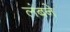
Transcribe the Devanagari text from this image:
लंबने